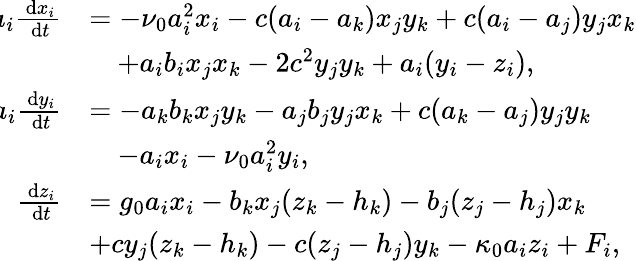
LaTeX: \begin{array}{rl}{\! \! a_{i}\frac{\, \mathrm{d}x_{i}}{\, \mathrm{d}t}}&{=-\nu_{0}a_{i}^{2}x_{i}-c(a_{i}-a_{k})x_{j}y_{k}+c(a_{i}-a_{j})y_{j}x_{k}}\\ &{\quad+a_{i}b_{i}x_{j}x_{k}-2c^{2}y_{j}y_{k}+a_{i}(y_{i}-z_{i}),}\\ {\! \! a_{i}\frac{\, \mathrm{d}y_{i}}{\, \mathrm{d}t}}&{=-a_{k}b_{k}x_{j}y_{k}-a_{j}b_{j}y_{j}x_{k}+c(a_{k}-a_{j})y_{j}y_{k}}\\ &{\quad-a_{i}x_{i}-\nu_{0}a_{i}^{2}y_{i},}\\ {\! \! \frac{\, \mathrm{d}z_{i}}{\, \mathrm{d}t}}&{=g_{0}a_{i}x_{i}-b_{k}x_{j}(z_{k}-h_{k})-b_{j}(z_{j}-h_{j})x_{k}}\\ &{+cy_{j}(z_{k}-h_{k})-c(z_{j}-h_{j})y_{k}-\kappa_{0}a_{i}z_{i}+F_{i},}\end{array}